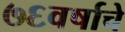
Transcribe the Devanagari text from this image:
७६वर्षाचे